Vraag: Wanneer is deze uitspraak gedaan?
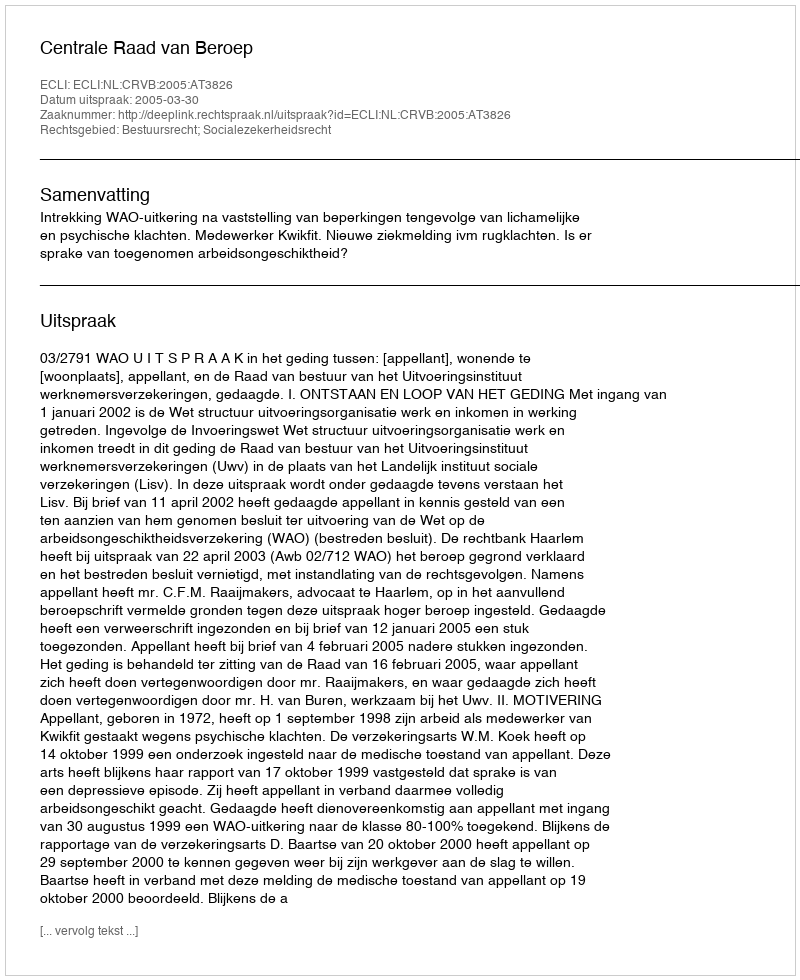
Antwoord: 2005-03-30